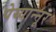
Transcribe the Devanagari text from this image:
पेय्यान्‍नूर